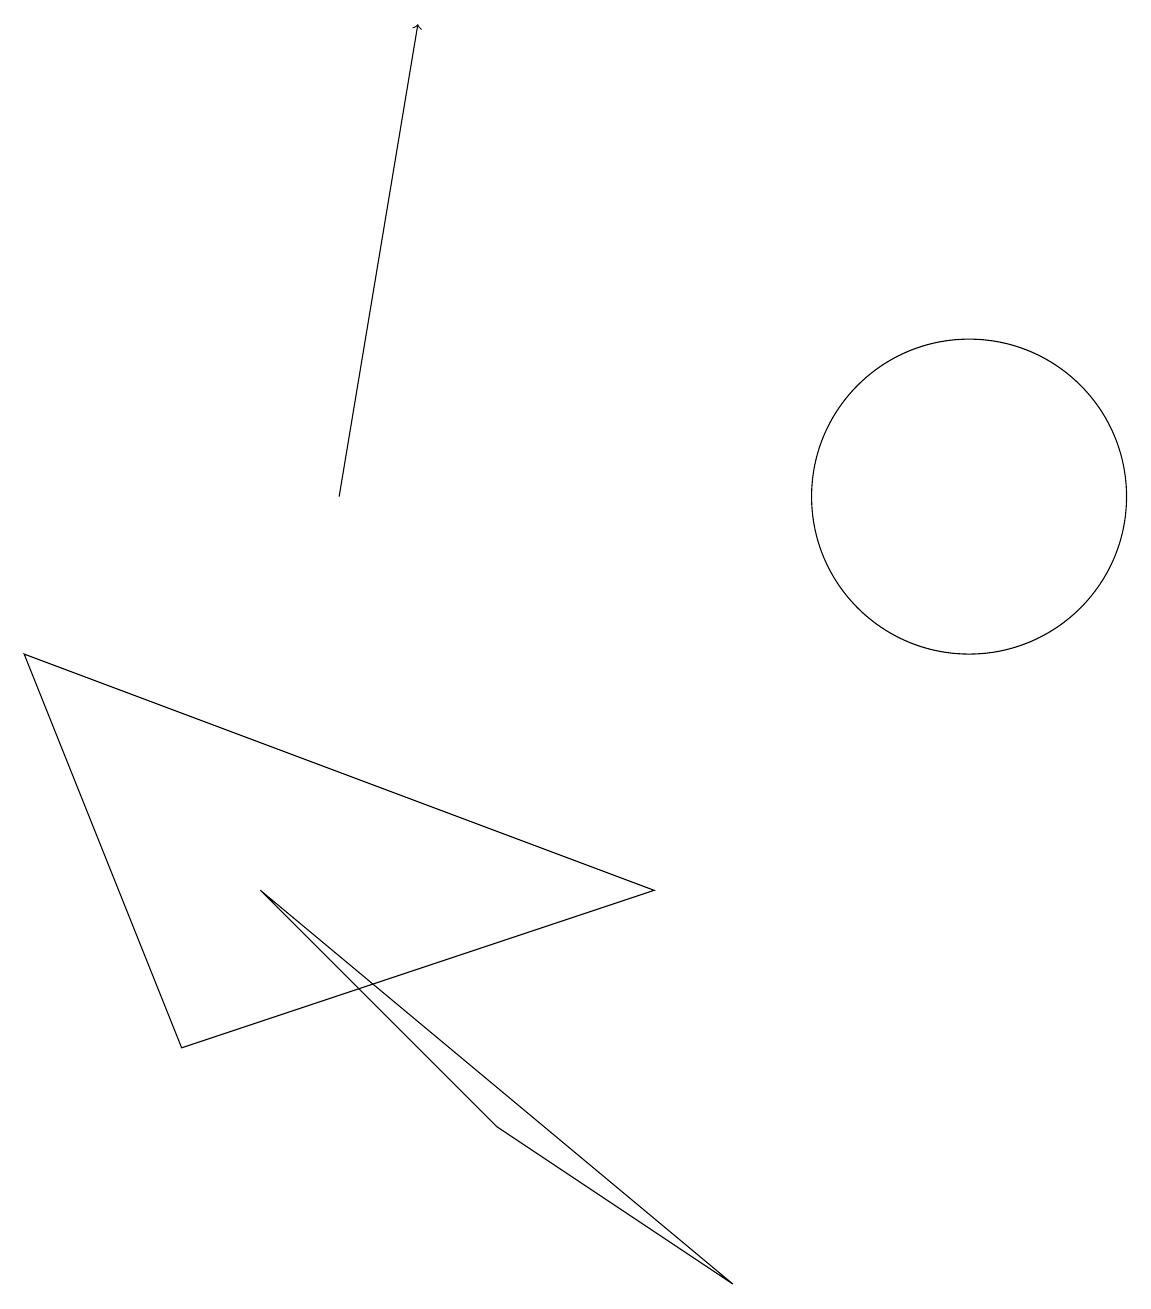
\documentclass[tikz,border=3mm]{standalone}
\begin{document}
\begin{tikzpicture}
\draw (6,3) -- (3,6) -- (9,1) -- cycle;
\draw (8,6) -- (0,9) -- (2,4) -- cycle;
\draw (12,11) circle (2);
\draw[->] (4,11) -- (5,17);
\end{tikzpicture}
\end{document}